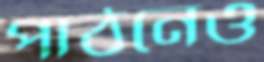
পাঠনেও